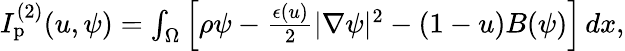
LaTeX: \begin{array}{r}{I_{\mathrm{p}}^{(2)}(u,\psi)=\int_{\Omega}\left[\rho\psi-\frac{\epsilon(u)}{2}|\nabla\psi|^{2}-(1-u)B(\psi)\right]\, dx,}\end{array}